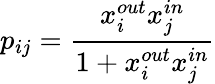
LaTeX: p_{ij}=\frac{x_{i}^{out}x_{j}^{in}}{1+x_{i}^{out}x_{j}^{in}}